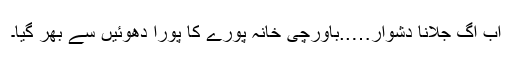
اب آگ جلانا دشوار…..باورچی خانہ پورے کا پورا دھوئیں سے بھر گیا۔